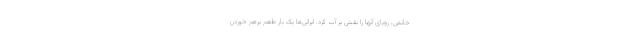
خاتمی، رویای آنها را نقش بر آب کرد. ایرانی‌ها یک بار طعم برهم خوردن